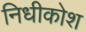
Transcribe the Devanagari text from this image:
निधीकोश